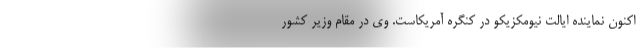
اکنون نماینده ایالت نیومکزیکو در کنگره آمریکاست. وی در مقام وزیر کشور